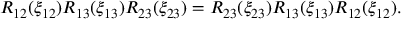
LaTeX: R _ { 1 2 } ( \xi _ { 1 2 } ) R _ { 1 3 } ( \xi _ { 1 3 } ) R _ { 2 3 } ( \xi _ { 2 3 } ) = R _ { 2 3 } ( \xi _ { 2 3 } ) R _ { 1 3 } ( \xi _ { 1 3 } ) R _ { 1 2 } ( \xi _ { 1 2 } ) .